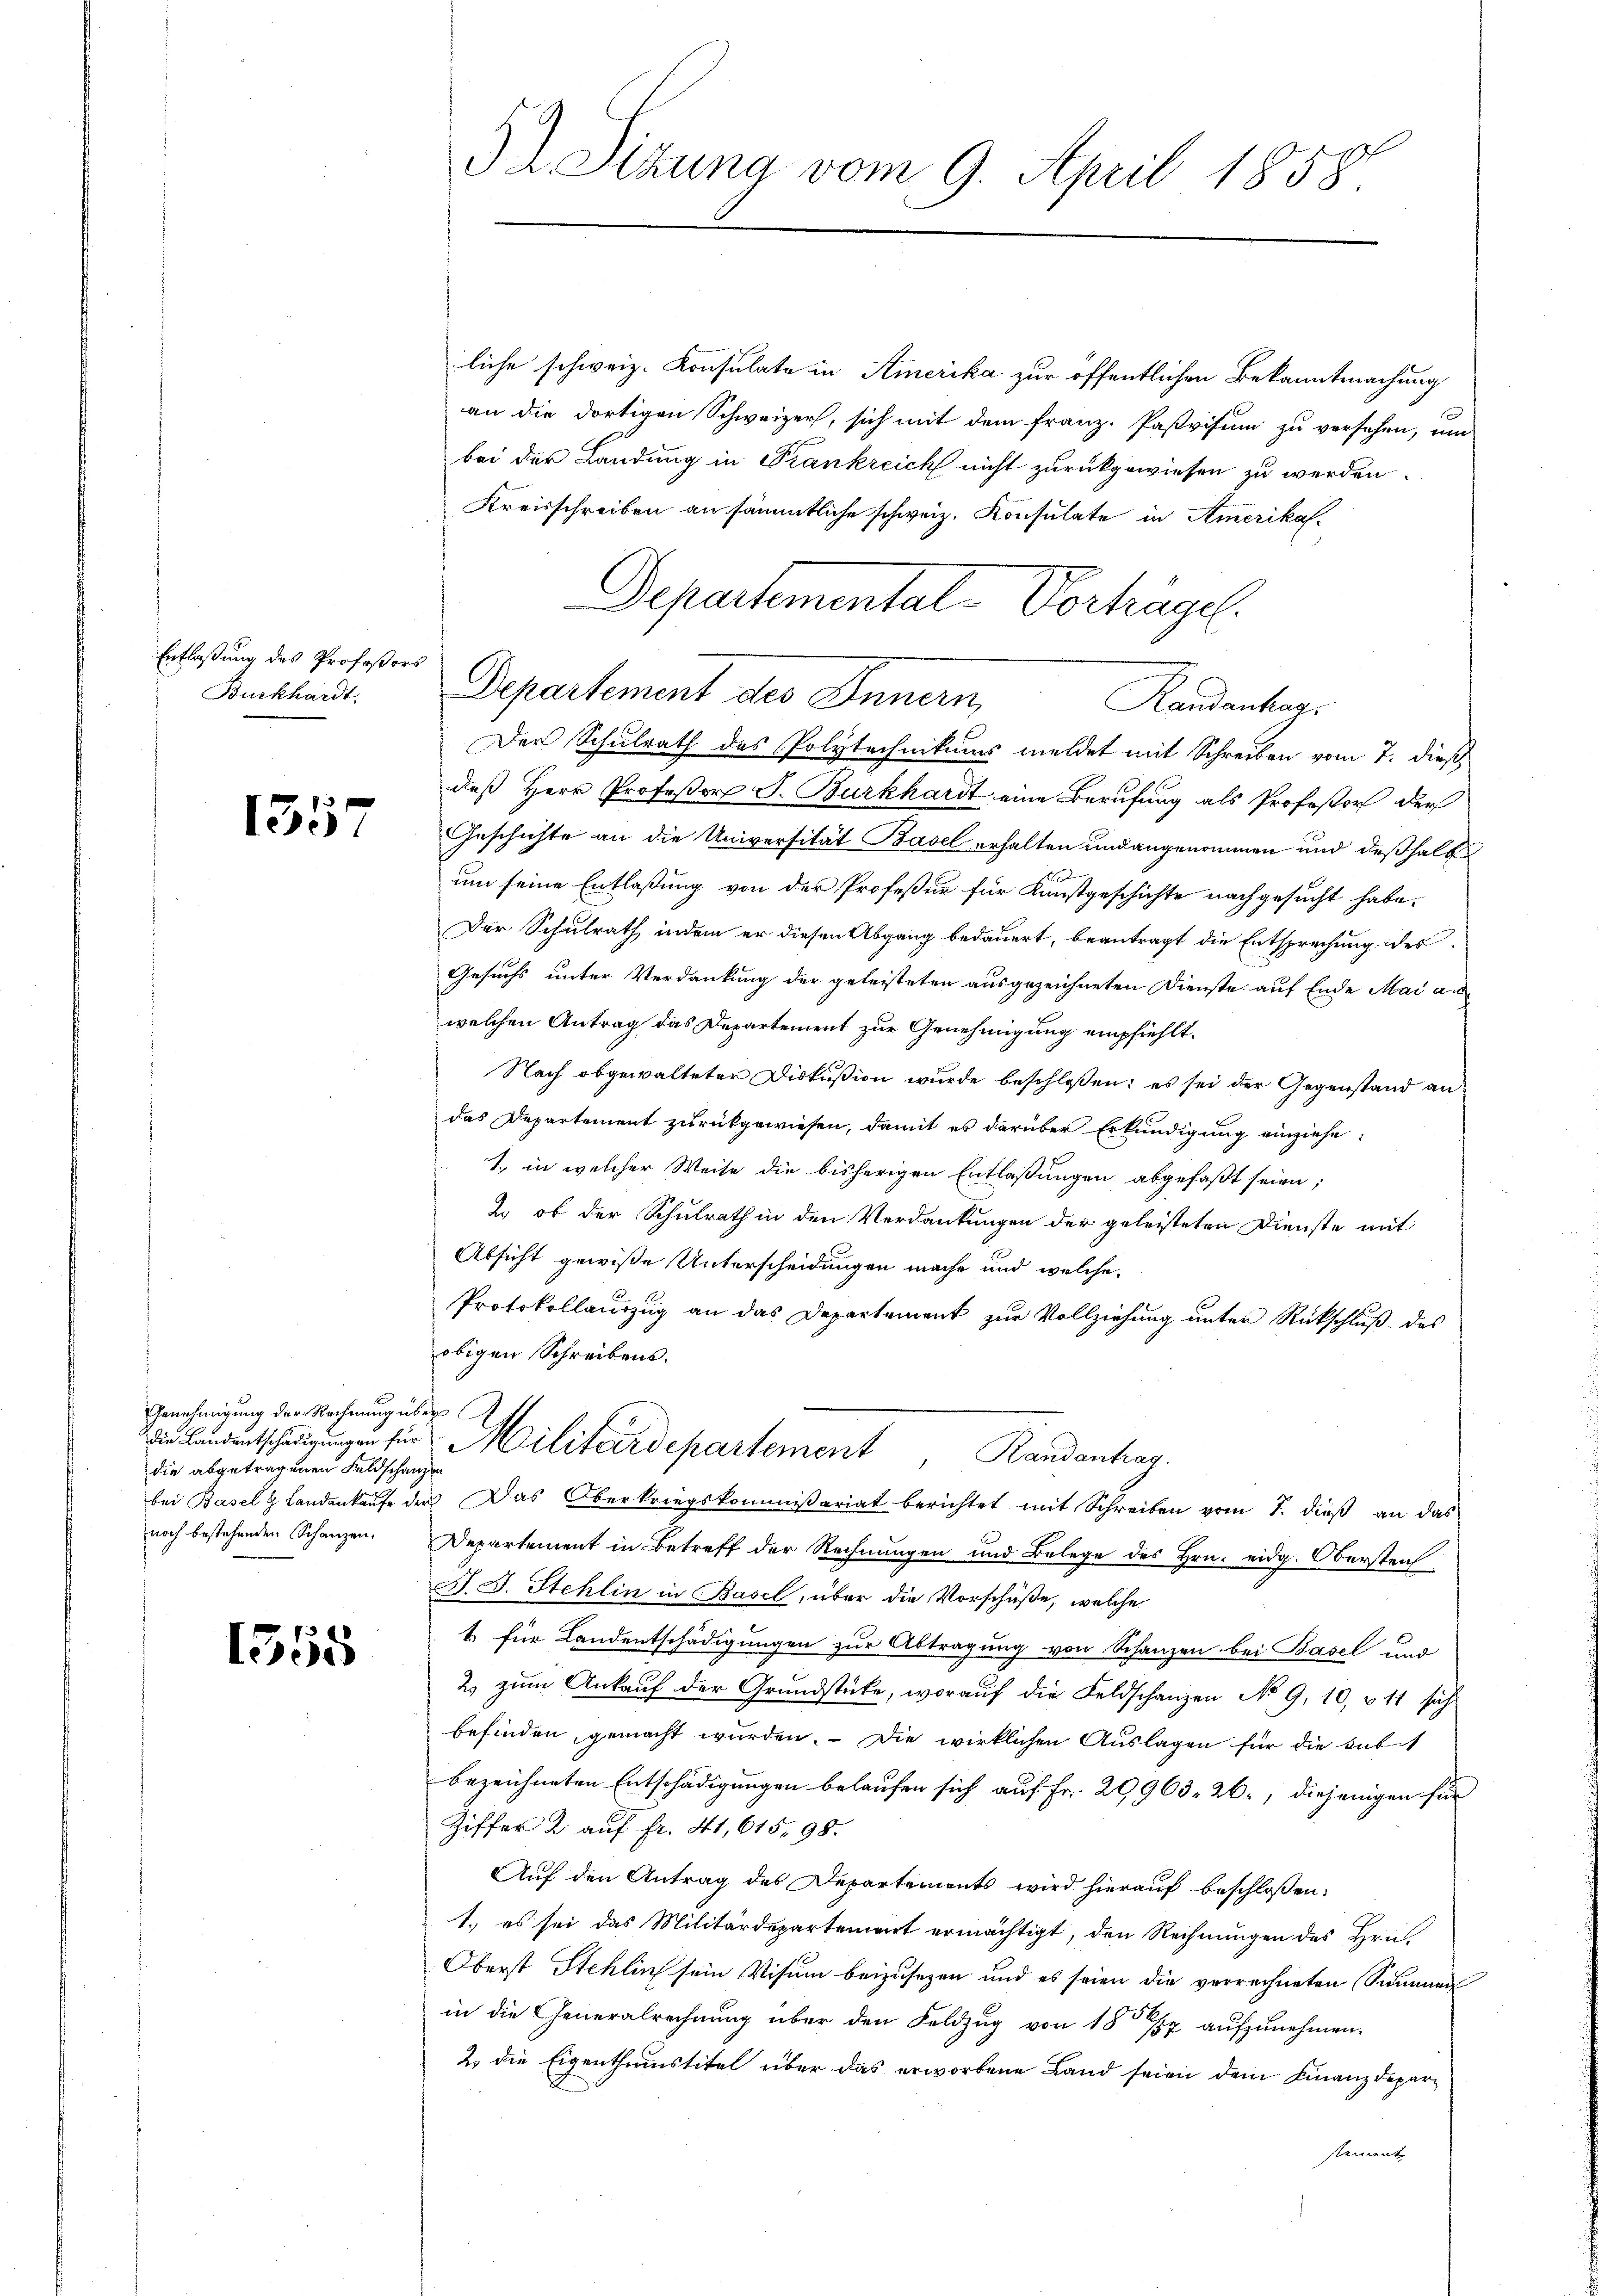
Entlaßung des Professors
Burkhardt.

1357

Genehmigung der Rechnung über
die abgetragenen Feldschanzen

1555

52 Sizung vom 9. April 1858.

liche schweiz. Konsulate in Amerika zur öffentlichen Bekanntmachung
an die dortigen Schweizer, sich mit dem franz. Pasvisum zu versehen, um
bei der Landung in Trankreich nicht zurückgewiesen zu werden.
Kreisschreiben an sämmtliche schweiz. Konsulate in Amerikas
daß Herr Profeßor J. Burkhardt eine Berufung als Professor der
Geschichte an die Universität Basel erhalten und angenommen und deßhalb
um seine Entlaßung von der Profeßur für Kunstgeschichte nachgesucht habe.
Der Schulrath indem er diesen Abgang bedauert, beantragt die Entsprechung des
Gesuchs unter Verdankung der geleisteten ausgezeichneten Dienste auf Ende Mai anwelchen Antrag das Departement zur Genehmigung empfiehlt.
Nach abgewalteter Diskußion wurde beschlossen; es sei der Gegenstand an
das Departement zurückgewiesen, damit es darüber Erkundigung einziehe,
1., in welcher Weise die bisherigen Entlaßungen abgefaßt seien;
2. ob der Schulrath in den Verdankungen der geleisteten Dienste mit
Absicht gewiße Unterscheidungen mache und welche
Protokollauszug an das Departement zŭr Vollziehŭng ŭnter Rückschlŭβ des
obigen Schreibens.
aentsche für Militärdepartement Randanhag
bei Basel & Landenkaufe der Das Oberkriegskommißariat berichtet mit Schreiben vom 7. dieß an das
noch bestehenden Schanzen. Departement in Betreff der Rechnungen und Belege des Hrn. eidg. Oberstenh
A. B. Stehlin in Basel, über die Vorschüße, welche
1. für Landentschädigungen zur Abtragung von Schanzen bei Basel und
2 zum Ankauf der Grundstücke, worauf die Feldschanzen No 9, 10, § 11 sich
befinden, gemacht wurden. — Die wirklichen Auslagen für die Subs
bezeichneten Entschädigungen belaufen sich auf Fr. 29963. 26, diejenigen für
Ziffer 2 auf Fr. 41, 615. 98.
Auf den Antrag des Departements wird hierauf beschloßen:
1.) es sei das Militärdepartement ermächtigt, den Rechnungen des Hrn.
Oberst Stehlin sein Visum beizusezen und es seien die verrechneten Summen
in die Generalrechnung über den Feldzug von 18 1/2 aufzunehmen.
2. die Eigenthumstitel über das erworbene Land seien dem Finanzdeparstement

Departemental-Verhügel
Departement des Innern,

Randantrag.
Der Schulrath des Polytechnikums meldet mit Schreiben vom 7. dieß